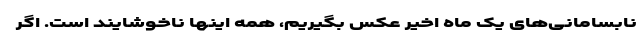
نابسامانی‌های یک ماه اخیر عکس بگیریم، همه اینها ناخوشایند است. اگر